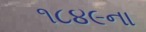
૧૮૪૯ના